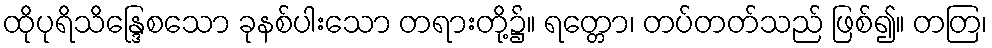
ထိုပုရိသိန္ဒြေစသော ခုနစ်ပါးသော တရားတို့၌။ ရတ္တော၊ တပ်တတ်သည် ဖြစ်၍။ တတြ၊